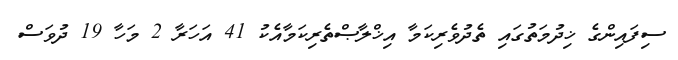
ސިފައިންގެ ޚިދުމަތުގައި ތެދުވެރިކަމާ އިޚްލާޞްތެރިކަމާއެކު 41 އަހަރާ 2 މަހާ 19 ދުވަސް